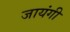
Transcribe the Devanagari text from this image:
जायंगी